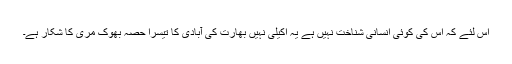
اس لئے کہ اس کی کوئی انسانی شناخت نہیں ہے یہ اکیلی نہیں بھارت کی آبادی کا تیسرا حصہ بھوک مری کا شکار ہے۔